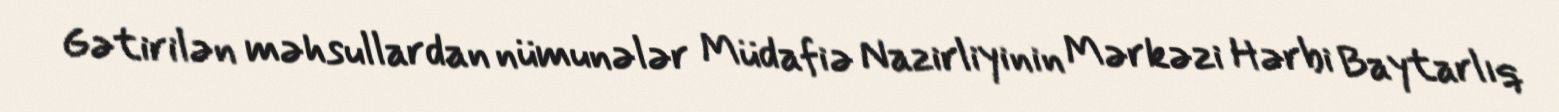
Gətirilən məhsullardan nümunələr Müdafiə Nazirliyinin Mərkəzi Hərbi Baytarlıq